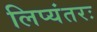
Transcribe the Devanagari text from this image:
लिप्यंतरः